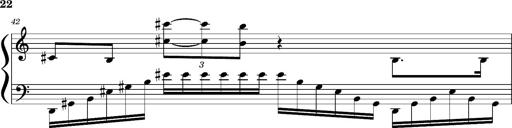
Title: Concerto sans orchestre, S.524a
Composer: Franz Liszt
Key: A major